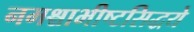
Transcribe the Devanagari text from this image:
नमश्चाभीष्टसिद्धये